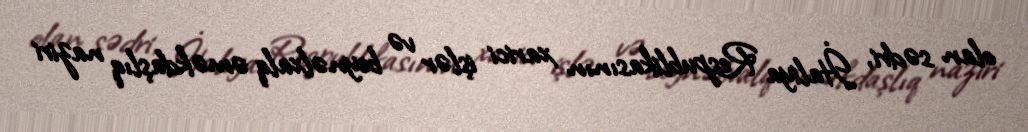
olan sədri, İtaliya Respublikasının xarici işlər və beynəlxalq əməkdaşlıq naziri